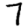
Digit: 7